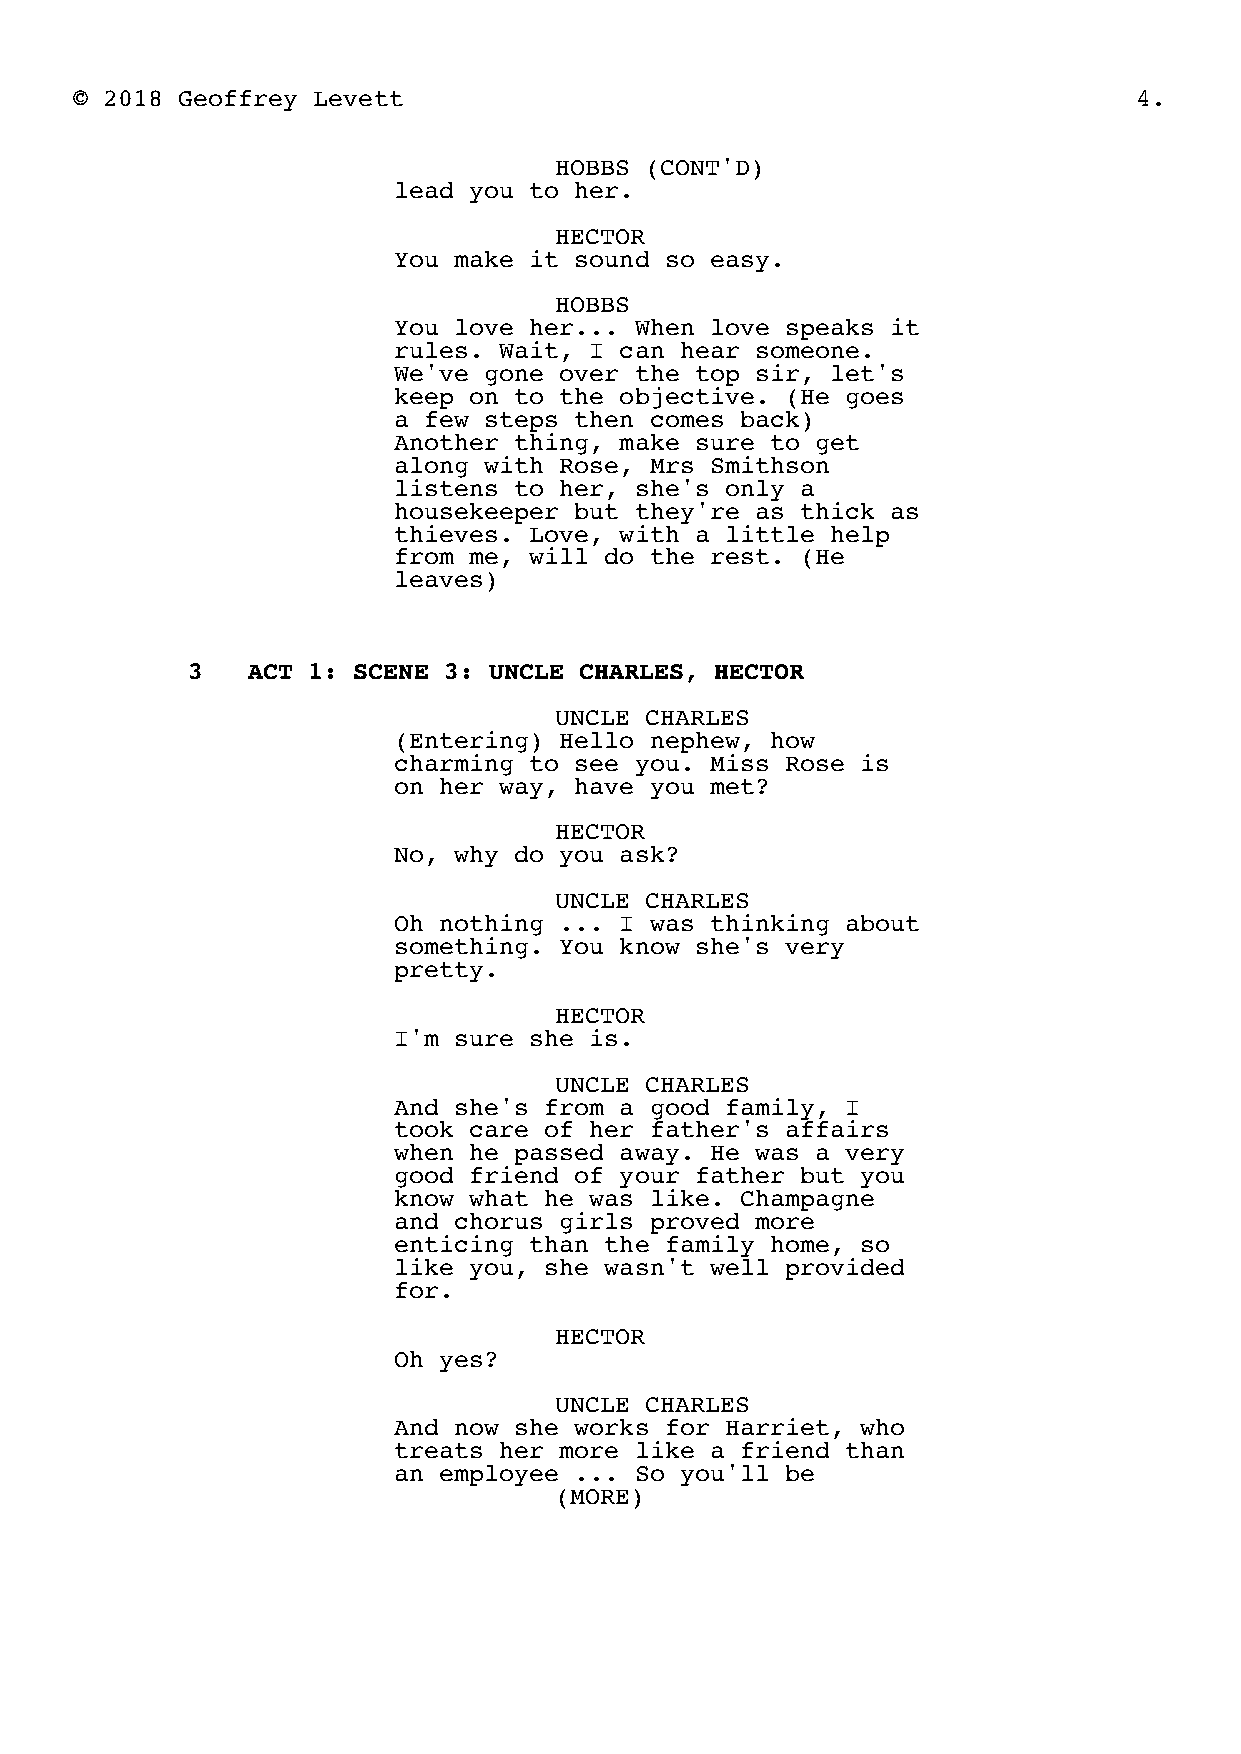
© 2018 Geoffrey Levett                                                4.
 HOBBS (CONT'D)
 lead you to her.
 HECTOR
 You make it sound so easy.
 HOBBS
 You love her... When love speaks it
 rules. Wait, I can hear someone.
 We've gone over the top sir, let's
 keep on to the objective. (He goes
 a few steps then comes back)
 Another thing, make sure to get
 along with Rose, Mrs Smithson
 listens to her, she's only a
 housekeeper but they're as thick as
 thieves. Love, with a little help
 from me, will do the rest. (He
 leaves)
 3   ACT 1: SCENE 3: UNCLE CHARLES, HECTOR
 UNCLE CHARLES
 (Entering) Hello nephew, how
 charming to see you. Miss Rose is
 on her way, have you met?
 HECTOR
 No, why do you ask?
 UNCLE CHARLES
 Oh nothing ... I was thinking about
 something. You know she's very
 pretty.
 HECTOR
 I'm sure she is.
 UNCLE CHARLES
 And she's from a good family, I
 took care of her father's affairs
 when he passed away. He was a very
 good friend of your father but you
 know what he was like. Champagne
 and chorus girls proved more
 enticing than the family home, so
 like you, she wasn't well provided
 for.
 HECTOR
 Oh yes?
 UNCLE CHARLES
 And now she works for Harriet, who
 treats her more like a friend than
 an employee ... So you'll be
 (MORE)